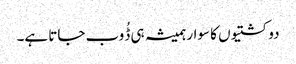
دو کشتیوں کا سوار ہمیشہ ہی ڈُوب جاتا ہے۔